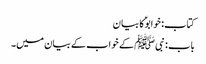
کتاب: خوابوؑ کا بیان
باب : نبیﷺ کے خواب کے بیان میں۔